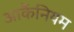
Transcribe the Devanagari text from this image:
आर्कैनियम